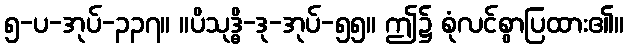
၅-ပ-အုပ်-၃၃၇။ ။ပိသုဒ္ဓိ-ဒု-အုပ်-၅၅။ ဤ၌ စုံလင်စွာပြထား၏။